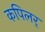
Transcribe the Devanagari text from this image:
कपिलर्